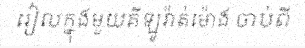
រៀលក្នុងមួយគីឡូវ៉ាត់ម៉ោង ចាប់ពី